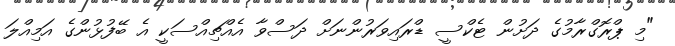
"މި ޕްރޮގްރާމުގެ ދަށުން ޓެކްސީ ޑްރައިވަރުންނަށް ދަސްވާ އެއްޗިއްސަކީ އެ ބޭފުޅުންގެ އަމިއްލަ